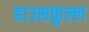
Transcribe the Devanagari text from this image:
हाउसफुल्ल